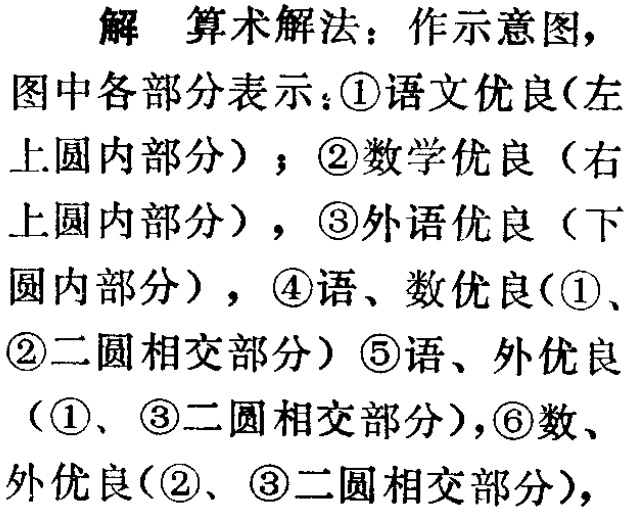
解 算术解法：作示意图，

图中各部分表示：\textcircled{1}语文优良(左

上圆内部分) ；\textcircled{2}数学优良（右

上圆内部分) ，\textcircled{3}外语优良（下

圆内部分) ，\textcircled{4}语、数优良(\textcircled{1}、

\textcircled{2}二圆相交部分）\textcircled{5}语、外优良

(\textcircled{1}、\textcircled{3}二圆相交部分)，\textcircled{6}数、

外优良(\textcircled{2}、\textcircled{3}二圆相交部分)，